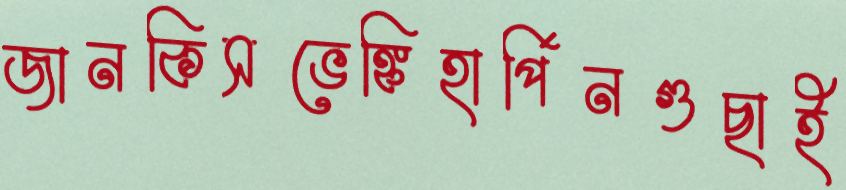
জানকিসভেঙ্কিহার্পিনগুছাই